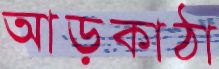
আড়কাঠা